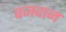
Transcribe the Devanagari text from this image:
वजदान